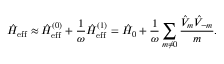
\hat { H } _ { \mathrm { e f f } } \approx \hat { H } _ { \mathrm { e f f } } ^ { ( 0 ) } + \frac { 1 } { \omega } \hat { H } _ { \mathrm { e f f } } ^ { ( 1 ) } = \hat { H } _ { 0 } + \frac { 1 } { \omega } \sum _ { m \neq 0 } \frac { \hat { V } _ { m } \hat { V } _ { - m } } { m } .